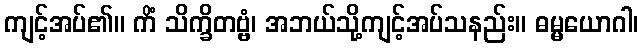
ကျင့်အပ်၏။ ကိံ သိက္ခိတဗ္ဗံ၊ အဘယ်သို့ကျင့်အပ်သနည်း။ ဓမ္မယောဂါ၊